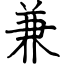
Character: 兼